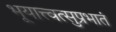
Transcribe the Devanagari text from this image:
भूयात्त्वत्सुप्रभातं